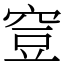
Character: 𥥷